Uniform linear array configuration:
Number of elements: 16
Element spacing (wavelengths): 0.75
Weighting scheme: cosine
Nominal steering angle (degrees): -60
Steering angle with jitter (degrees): -59.636
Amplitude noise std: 0.05
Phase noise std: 0.05

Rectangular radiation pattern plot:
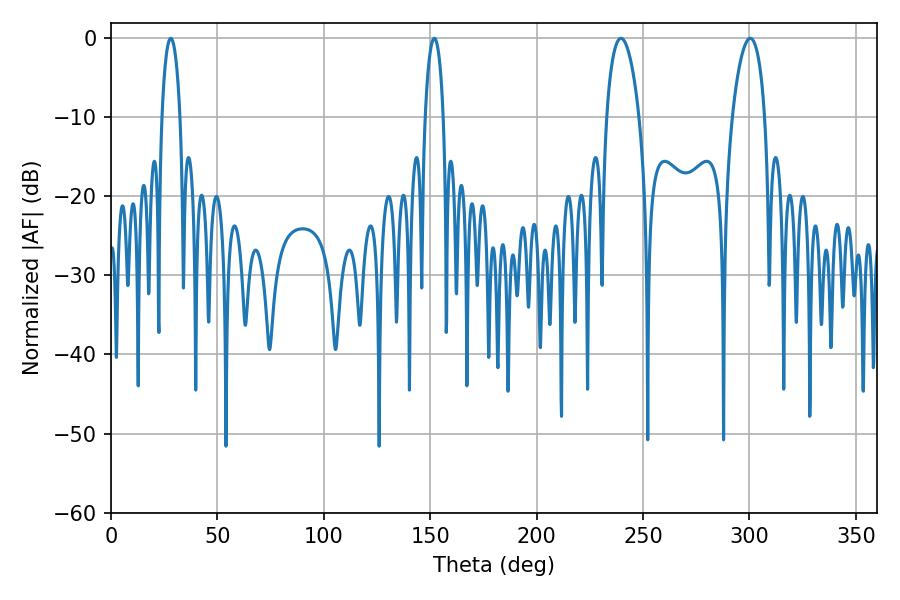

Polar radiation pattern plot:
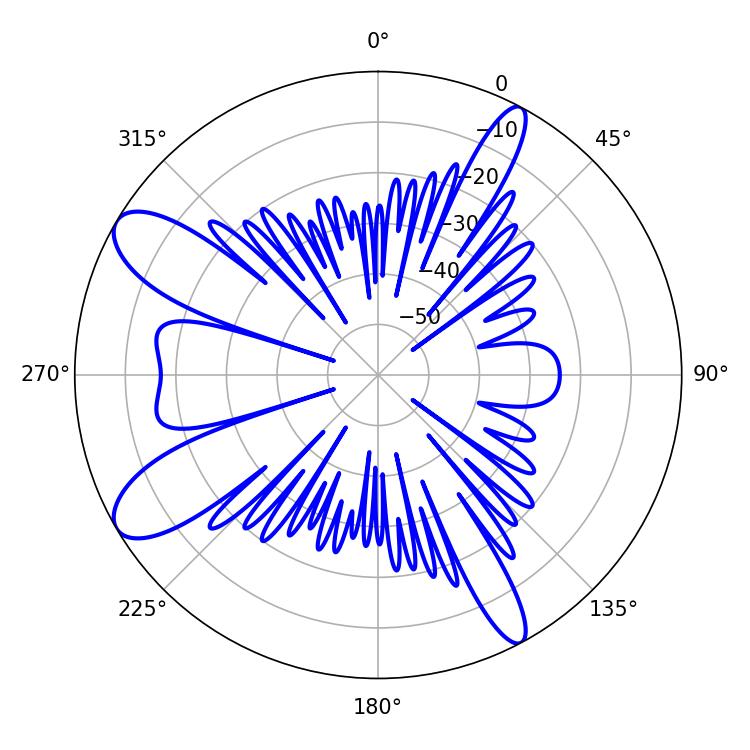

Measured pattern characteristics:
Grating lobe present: TRUE
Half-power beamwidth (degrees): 4.86
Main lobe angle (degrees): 28.08